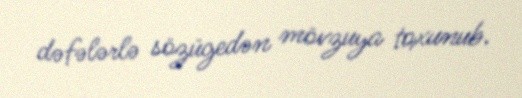
dəfələrlə sözügedən mövzuya toxunub.